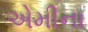
એમીના